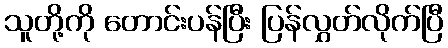
သူတို့ကို တောင်းပန်ပြီး ပြန်လွှတ်လိုက်ပြီ